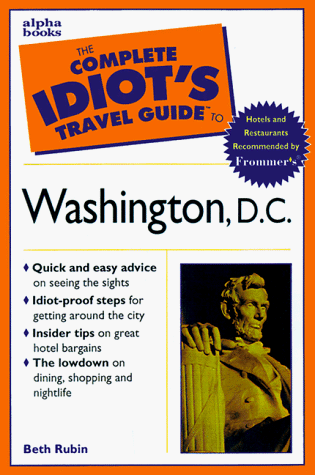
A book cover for The Complete Idiot's Travel Guide to Washington, D.C.; Beth Rubin; Travel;